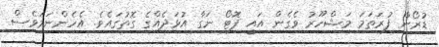
ޑުރޯން ފުރަތަމަ މަޝްހޫރު ވެގެން އައީ ފޮޓޯ ނަގާ އުޅަދެއްގެ ގޮތުގައެވެ. އެހެންނަމަވެސް